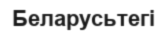
Беларусьтегі